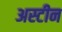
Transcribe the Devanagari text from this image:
अस्टीन